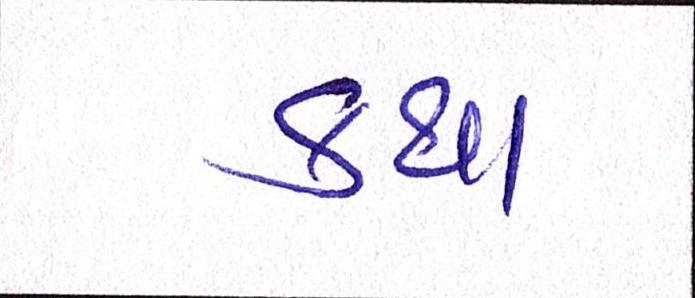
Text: કથા